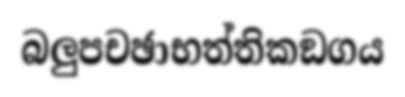
බලුපචඡාභත්තිකඞගය